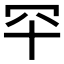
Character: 𦉲